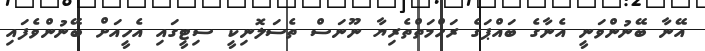
އޭނާ ބޭނުންވަނީ އެނާގެ ބައްޕަގެ ރަހްމަތްތެރިޔާ ނޫނަސް ތެސަލޮނިކީ ސިޓީގައި އެހީއަށް ބޭނުންވެފައި